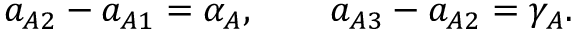
a _ { A 2 } - a _ { A 1 } = \alpha _ { A } , \qquad a _ { A 3 } - a _ { A 2 } = \gamma _ { A } .